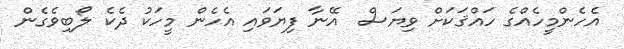
އެހެންމީހެއްގެ ހައްޤަކަށް ވިޔަސް  އޭނާ ފިޔަވައި އެހެން މީހަކު ދެކެ ލޯބިވެގެން